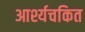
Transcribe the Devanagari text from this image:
आर्श्यचकित